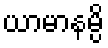
ယာမာနမ္ပိ